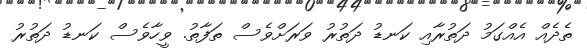
ތެދެއް އެއްގަމު ދަތުރާއި ކަނޑު ދަތުރު ވަރަށްވެސް ތަފާތު. ވީހާވެސް ކަނޑު ދަތުރު